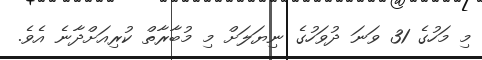
މި މަހުގެ 31 ވަނަ ދުވަހުގެ ނިޔަލަށް މި މުބާރާތް ކުރިއަށްދާނެ އެވެ.